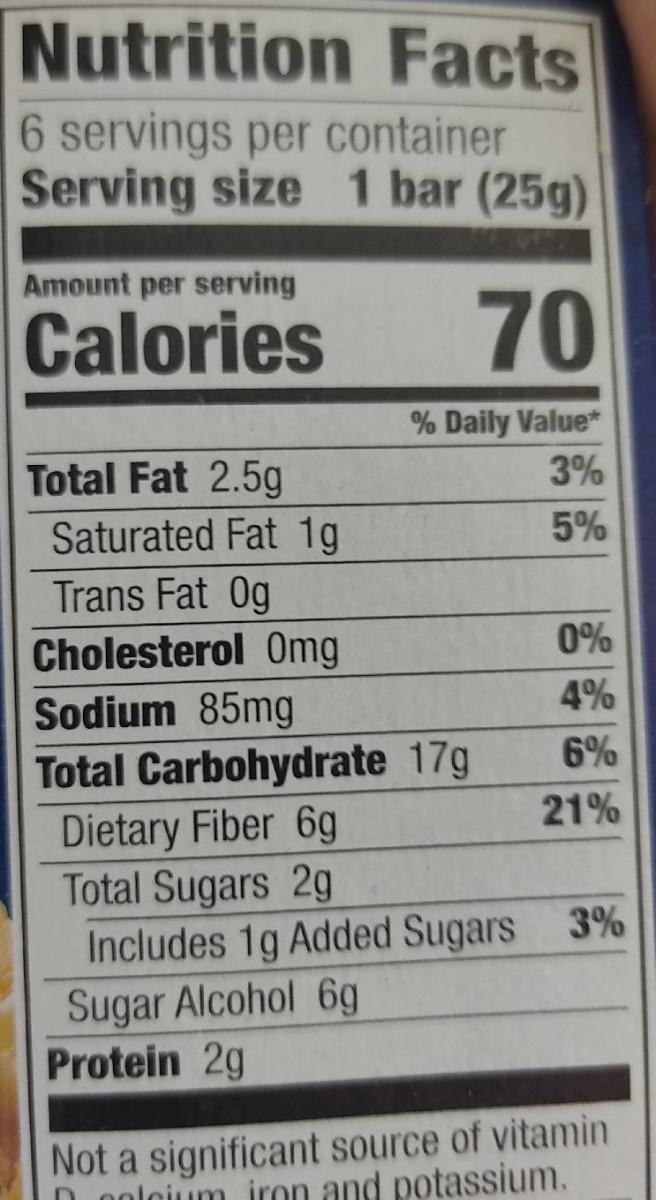
Nutrition Facts
6 servings per container Serving size 1 bar (25g)
Amount per serving
Calories
70
% Daily Value*
Total Fat 2.5g Saturated Fat 1g
3%
5%
Trans Fat 0g Cholesterol Omg
0%
Sodium 85mg
4%
Total Carbohydrate 17g
6%
21%
Dietary Fiber 6g Total Sugars 2g Includes 1g Added Sugars 3% Sugar Alcohol 6g Protein 2g
Not a significant source of vitamin nolgium iron and potassium.